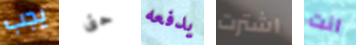
يجب حتى يدفعه اشترت انت